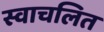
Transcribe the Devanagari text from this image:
स्वाचलित